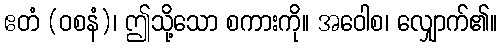
ဧတံ (ဝစနံ)၊ ဤသို့သော စကားကို။ အဝေါစ၊ လျှောက်၏။